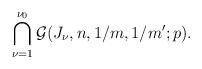
LaTeX: \begin{align*}\bigcap_{\nu=1}^{\nu_0} \mathcal{G}(J_\nu,n,1/m,1/m';p).\end{align*}